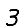
Digit: 3